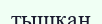
тышқан